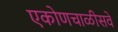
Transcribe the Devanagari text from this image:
एकोणचाळीसवे